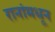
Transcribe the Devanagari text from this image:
रानांमधून